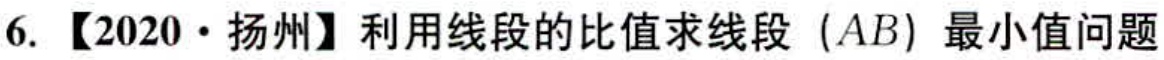
6. 【2020·扬州】利用线段的比值求线段（\(AB\)）最小值问题